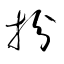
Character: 扮